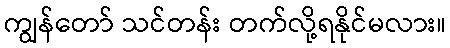
ကျွန်တော် သင်တန်း တက်လို့ရနိုင်မလား။